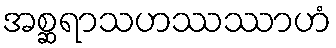
အစ္ဆရာသဟဿဿာဟံ